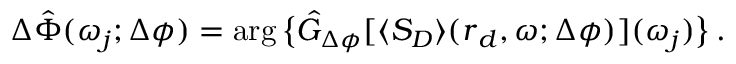
\begin{array} { r } { \Delta \hat { \Phi } ( \omega _ { j } ; \Delta \phi ) = \arg \big \{ \hat { G } _ { \Delta \phi } [ \langle S _ { D } \rangle ( \boldsymbol { r } _ { d } , \omega ; \Delta \phi ) ] ( \omega _ { j } ) \big \} \, . } \end{array}